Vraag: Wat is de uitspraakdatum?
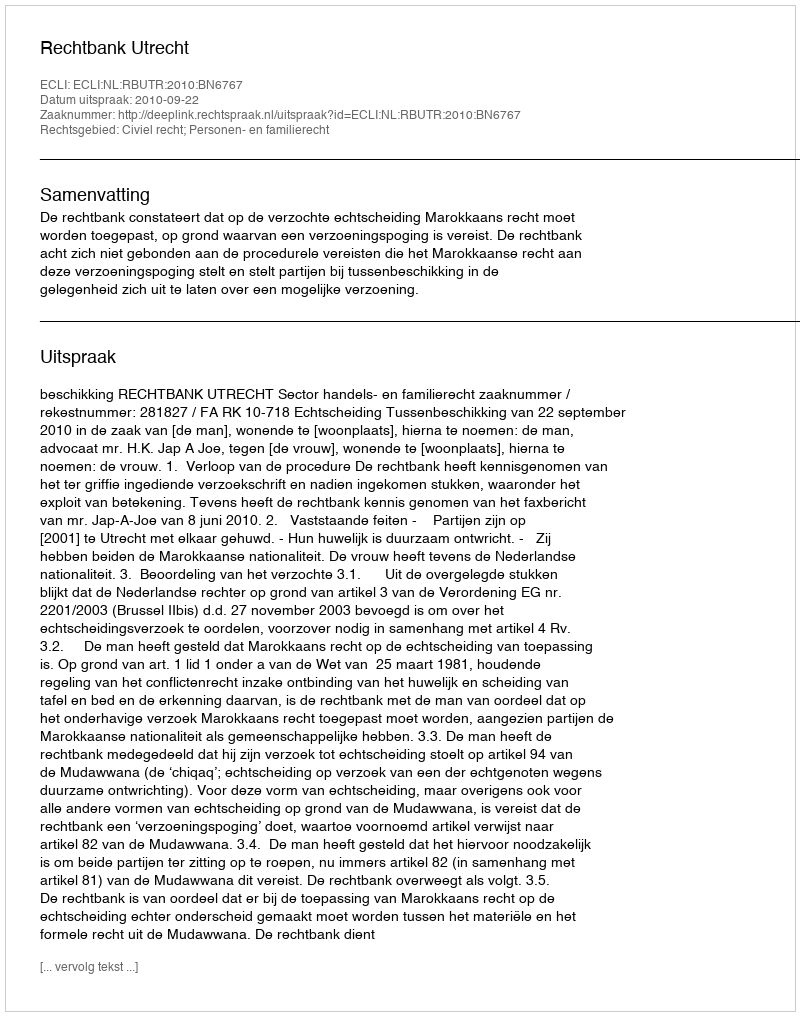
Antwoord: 2010-09-22